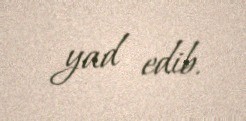
yad edib.